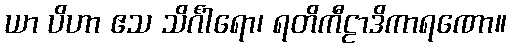
ယာ ပိဟာ ဧသ သိင်္ဂါရော၊ ရတိကီဠာဒိကာရဏော။